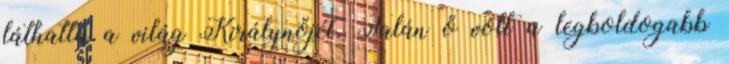
láthatta a világ Királynőjét. Talán ő volt a legboldogabb